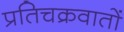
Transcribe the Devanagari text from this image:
प्रतिचक्रवातों